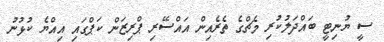
ސީ ޔުނިޓީ ބައްދަލުކުރި މެޗްގެ ތެރެއިން އައްސޭރި ޕްރިޒަން ކަޕްގައި އިއްޔެ ކުޅުނު